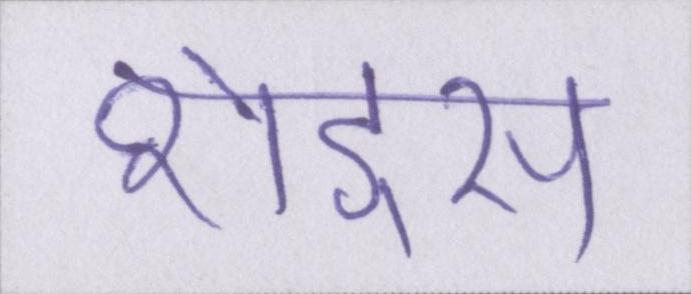
शेड्स